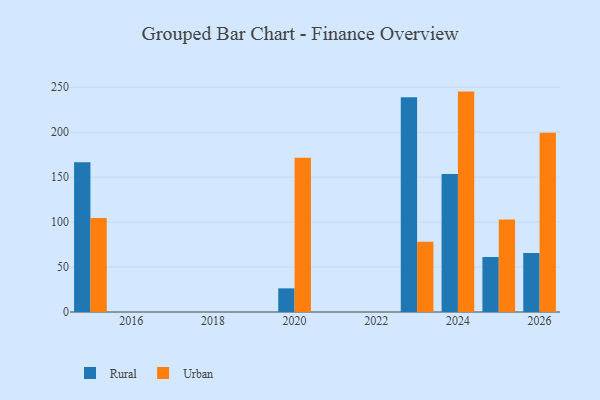
{"axis": {"x": "Year", "y": "Inventory Turnover"}, "legend": ["Rural", "Urban"], "data": [{"x": "2023", "y": 238.8, "type": "Rural"}, {"x": "2023", "y": 78.1, "type": "Urban"}, {"x": "2015", "y": 166.5, "type": "Rural"}, {"x": "2015", "y": 104.4, "type": "Urban"}, {"x": "2024", "y": 153.6, "type": "Rural"}, {"x": "2024", "y": 245.1, "type": "Urban"}, {"x": "2025", "y": 61.2, "type": "Rural"}, {"x": "2025", "y": 102.9, "type": "Urban"}, {"x": "2026", "y": 65.5, "type": "Rural"}, {"x": "2026", "y": 199.4, "type": "Urban"}, {"x": "2020", "y": 26.3, "type": "Rural"}, {"x": "2020", "y": 171.6, "type": "Urban"}]}